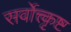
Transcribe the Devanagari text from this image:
सर्वोत्त्कृष्ट